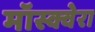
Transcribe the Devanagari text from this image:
मॉस्क्वेरा